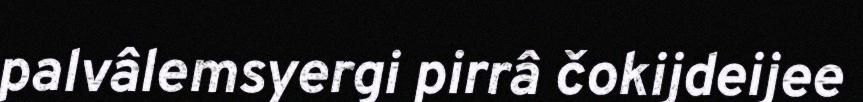
palvâlemsyergi pirrâ čokijdeijee